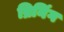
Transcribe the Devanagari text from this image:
ब्रिनिंग